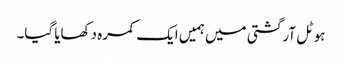
ہوٹل آرگشتی میں ہمیں ایک کمرہ دکھایا گیا۔